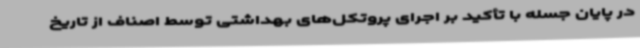
در پایان جسله با تأکید بر اجرای پروتکل‌های بهداشتی توسط اصناف از تاریخ